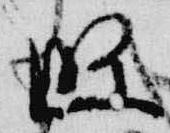
條